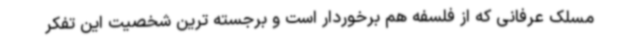
مسلک عرفانی که از فلسفه هم برخوردار است و برجسته ترین شخصیت این تفکر